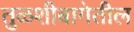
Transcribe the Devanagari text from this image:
तुळशीबागेतील